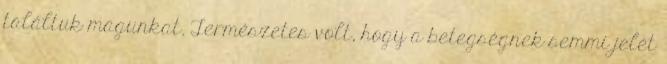
találtuk magunkat. Természetes volt, hogy a betegségnek semmi jelét